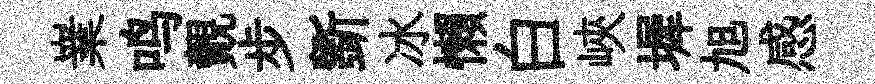
嶪鸣覿步斵冰懶白峽墀旭感